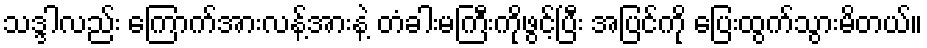
သဒ္ဒါလည်း ကြောက်အားလန့်အားနဲ့ တံခါးမကြီးကိုဖွင့်ပြီး အပြင်ကို ပြေးထွက်သွားမိတယ်။